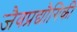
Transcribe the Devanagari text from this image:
जैवप्रद्यौगिकी